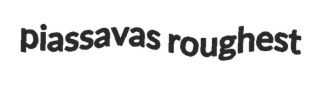
piassavas roughest